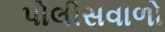
પોલીસવાળો